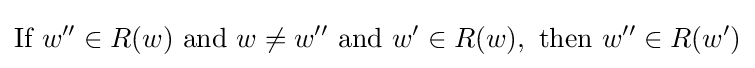
{\textrm {If~}}w''\in R(w){\textrm {~and~}}w\neq w''{\textrm {~and~}}w'\in R(w),{\textrm {~then~}}w''\in R(w')